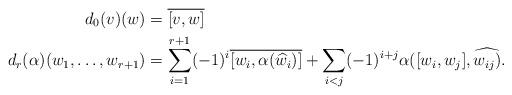
LaTeX: \begin{align*} d_0(v)(w)&=\overline{[v,w]} \\ d_r(\alpha)(w_1,\dots,w_{r+1})&= \sum_{i=1}^{r+1} (-1)^i \overline{[w_i,\alpha(\widehat{w_i})]} + \sum_{i<j}(-1)^{i+j}\alpha([w_i,w_j],\widehat{w_{ij})}. \end{align*}